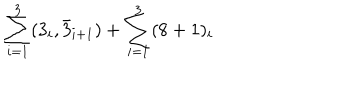
\sum _ { i = 1 } ^ { 3 } ( 3 _ { i } , \bar { 3 } _ { i + 1 } ) + \sum _ { i = 1 } ^ { 3 } ( 8 + 1 ) _ { i }